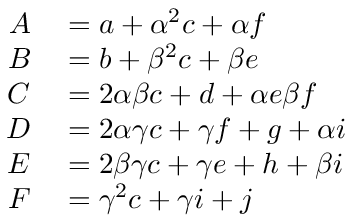
\begin{array} { r l } { A } & { { } = a + \alpha ^ { 2 } c + \alpha f } \\ { B } & { { } = b + \beta ^ { 2 } c + \beta e } \\ { C } & { { } = 2 \alpha \beta c + d + \alpha e \beta f } \\ { D } & { { } = 2 \alpha \gamma c + \gamma f + g + \alpha i } \\ { E } & { { } = 2 \beta \gamma c + \gamma e + h + \beta i } \\ { F } & { { } = \gamma ^ { 2 } c + \gamma i + j } \end{array}